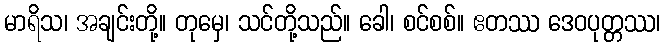
မာရိသ၊ အချင်းတို့။ တုမှေ၊ သင်တို့သည်။ ခေါ၊ စင်စစ်။ ဧတဿ ဒေဝပုတ္တဿ၊